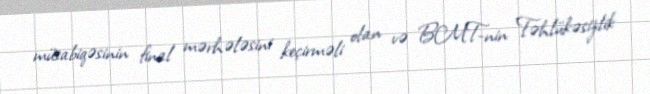
müsabiqəsinin final mərhələsini keçirməli olan və BMT-nin Təhlükəsizlik